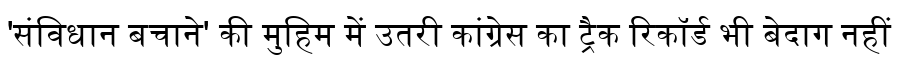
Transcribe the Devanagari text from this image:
'संविधान बचाने' की मुहिम में उतरी कांग्रेस का ट्रैक रिकॉर्ड भी बेदाग नहीं